Annual report on the health of the army in India
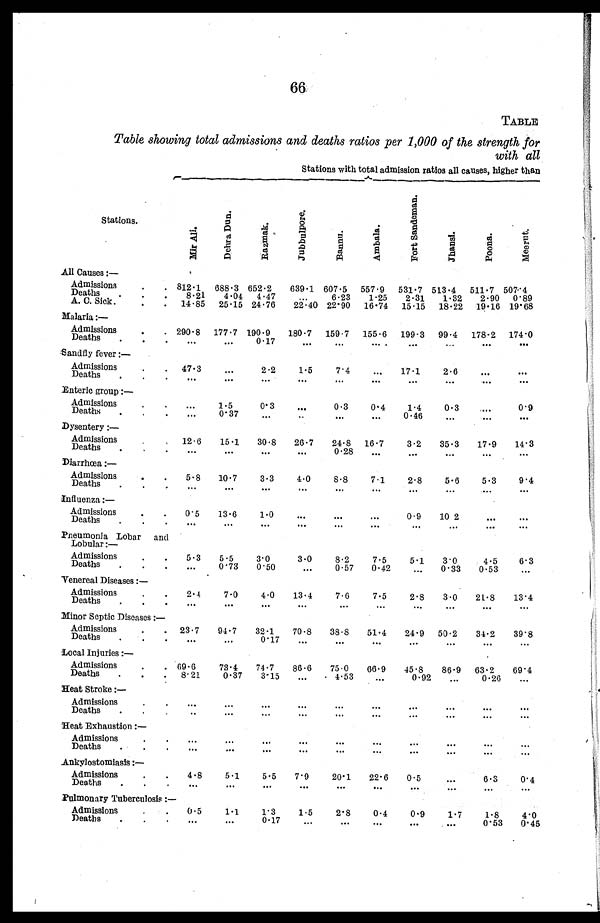
66.
TABLE
Table showing total admissions and deaths ratios per 1,000 of the strength for
with all
Stations with total admission ratios all causes, higher than
Stations.
M i r A l i .
D e h r a D u n .
R a z m a k .
J a b b u l p o r e .
B a n n u .
A m b a l a .
F o n t S a n d e m a n .
J h a n s i .
P o o n a .
M e e r u t .
All Causes :—
Admissions
.
.
812 1
688 . 3 652 . 2
639.1 607 . 5 557 . 9 531 . 7 513 . 4 511 . 7 507.4
.
.
Deaths.
8.21
4.04 4 . 47
...
6.23
1.25
2.31
1.32
2.90 0.89
A A. C. Sick .
. .
14 . 85 25 . 15 24 . 76
22.40 22.90 16.74 15.15 18.22 19.16 19.68
Malaria :
—
Admissions
.
. 290.8 177.7 190.9
180.7 159.7 155.6 199.3 99.4 178.2 174.0
Deaths
...
. . .
0.17
. . .
...
. . .
. . .
. . .
. . .
...
Sandfly fever :
—
Admissions
. 47.3
...
2.2
1.5
7.4
...
17.1
2.6
...
. . .
Deaths
.
. . .
. . .
. . .
. . .
. . .
. . .
. . .
. . .
...
...
Enteric group :
—
Admissions
.
.
...
1.5
0.3
. . .
0.3
0.4
1.4
0.3
...
0.9
Deaths
.
. .
. . .
0 . 3 7
. . .
...
. . .
. . .
0 . 4 6
. . .
...
. . .
Dysentery :
—
Admissions
.
12.6
15.1
30.8
26.7
24.8 16.7
3.2
35.3
17.9
14.3
Deaths
...
...
. . .
...
0.28
...
. . .
. . .
. . .
. . .
Diarrhœa : —
Admissions
. .
5.8
10.7
3.3
4.0
8.8
7 1
2.8
5.6
5.3
9 4
Deaths
.
...
. . . ...
. . . ...
. . .
. . .
. . .
. . .
. . .
Influenza : —
Admissions
.
.
0.5
13.6
1.0
..
...
...
0.9
10.2
...
...
Deaths
.
. .
...
. . . ...
...
. . .
...
. . .
. . .
...
. . .
Pneumonia Lobar and
Lobular : —
Admissions
5.3
5.5
3.0
3.0
8.2
7.5
5.1
3. 0
4.5
6.3
D Deaths
...
...
0 . 7 3
0.50
...
0.57
0.42
...
0.33
0.53
...
Venercal Discases : —
Admissions
.
.
2.4
7.0
4.0
13.4
7.6
7.5
2.8
3.0
21.8
13.4
Deaths
.
. .
. . .
...
...
...
. . .
...
...
. . .
. . .
...
Minor Septic Diseases :
—
Admissions
. .
23.7
94.7
32.1
70.8
38.8
51.4
24.9 50.2
34.2
39.8
Deaths
..
.
...
...
0. 17
...
. . .
...
...
...
. . .
. . .
Local Injuries : —
Admissions
.
.
69.6
73.4
74.7
86.6
75.0
66.9
45.8
86.9 63 . 2
6 9 . 4
Deaths
.
.
. 8.21
0.37
3.15
...
4.53
...
0 . 9 2
...
0.26
. . .
Heat Stroke : —
Admissions .
.
. . .
. . .
...
...
...
...
...
...
...
...
Deaths
.
.
.
. . .
. . .
...
. . .
...
. . .
. . .
...
...
...
Heat Exhaustion :—
Admissions
. .
...
...
...
...
...
...
...
. . .
...
. . .
Deaths
.
.
.
...
...
. . .
...
...
...
...
...
...
...
Ankylostomiasis : —
Admissions
. .
4.8
5.1
5.5
7.9
20.1
22.6
0.5
...
6.3
0.4
Deaths
.
.
.
...
. . .
...
. . .
. . .
...
. . .
...
...
. . .
Pulmonary Tuberculosis : —
Admissions
.
0.5
1.1
1 . 3
1.5
2.8
0.4
0.9
1.7
1.8
4.0
Deaths
.
.
.
. . .
. . .
0.17
. . .
. . .
... ...
. . .
0.53
0.45